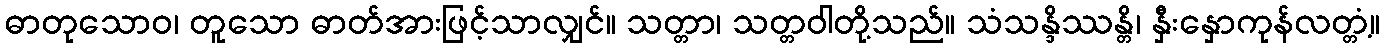
ဓာတုသောဝ၊ တူသော ဓာတ်အားဖြင့်သာလျှင်။ သတ္တာ၊ သတ္တဝါတို့သည်။ သံသန္ဒိဿန္တိ၊ နှီးနှောကုန်လတ္တံ့။